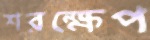
শরক্ষেপ